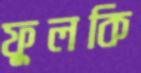
ফুলকি